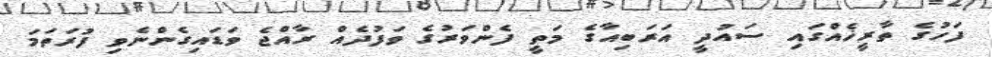
ފަހުގެ ތާރީޚެއްގައި ސައުދީ އަރަބިއާގެ މަތީ ފެންވަރުގެ ވަފުދެއް ރާއްޖެ ވަޑައިގެންނެވި ފުރަތަމަ